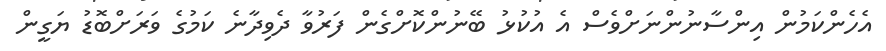
އެހެންކަމުން އިންސާނުންނަށްވެސް އެ އުކުޅު ބޭނުންކޮށްގެން ފަރުވާ ދެވިދާނެ ކަމުގެ ވަރަށްބޮޑު ޔަގީން